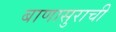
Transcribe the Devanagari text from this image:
बाणासुराची